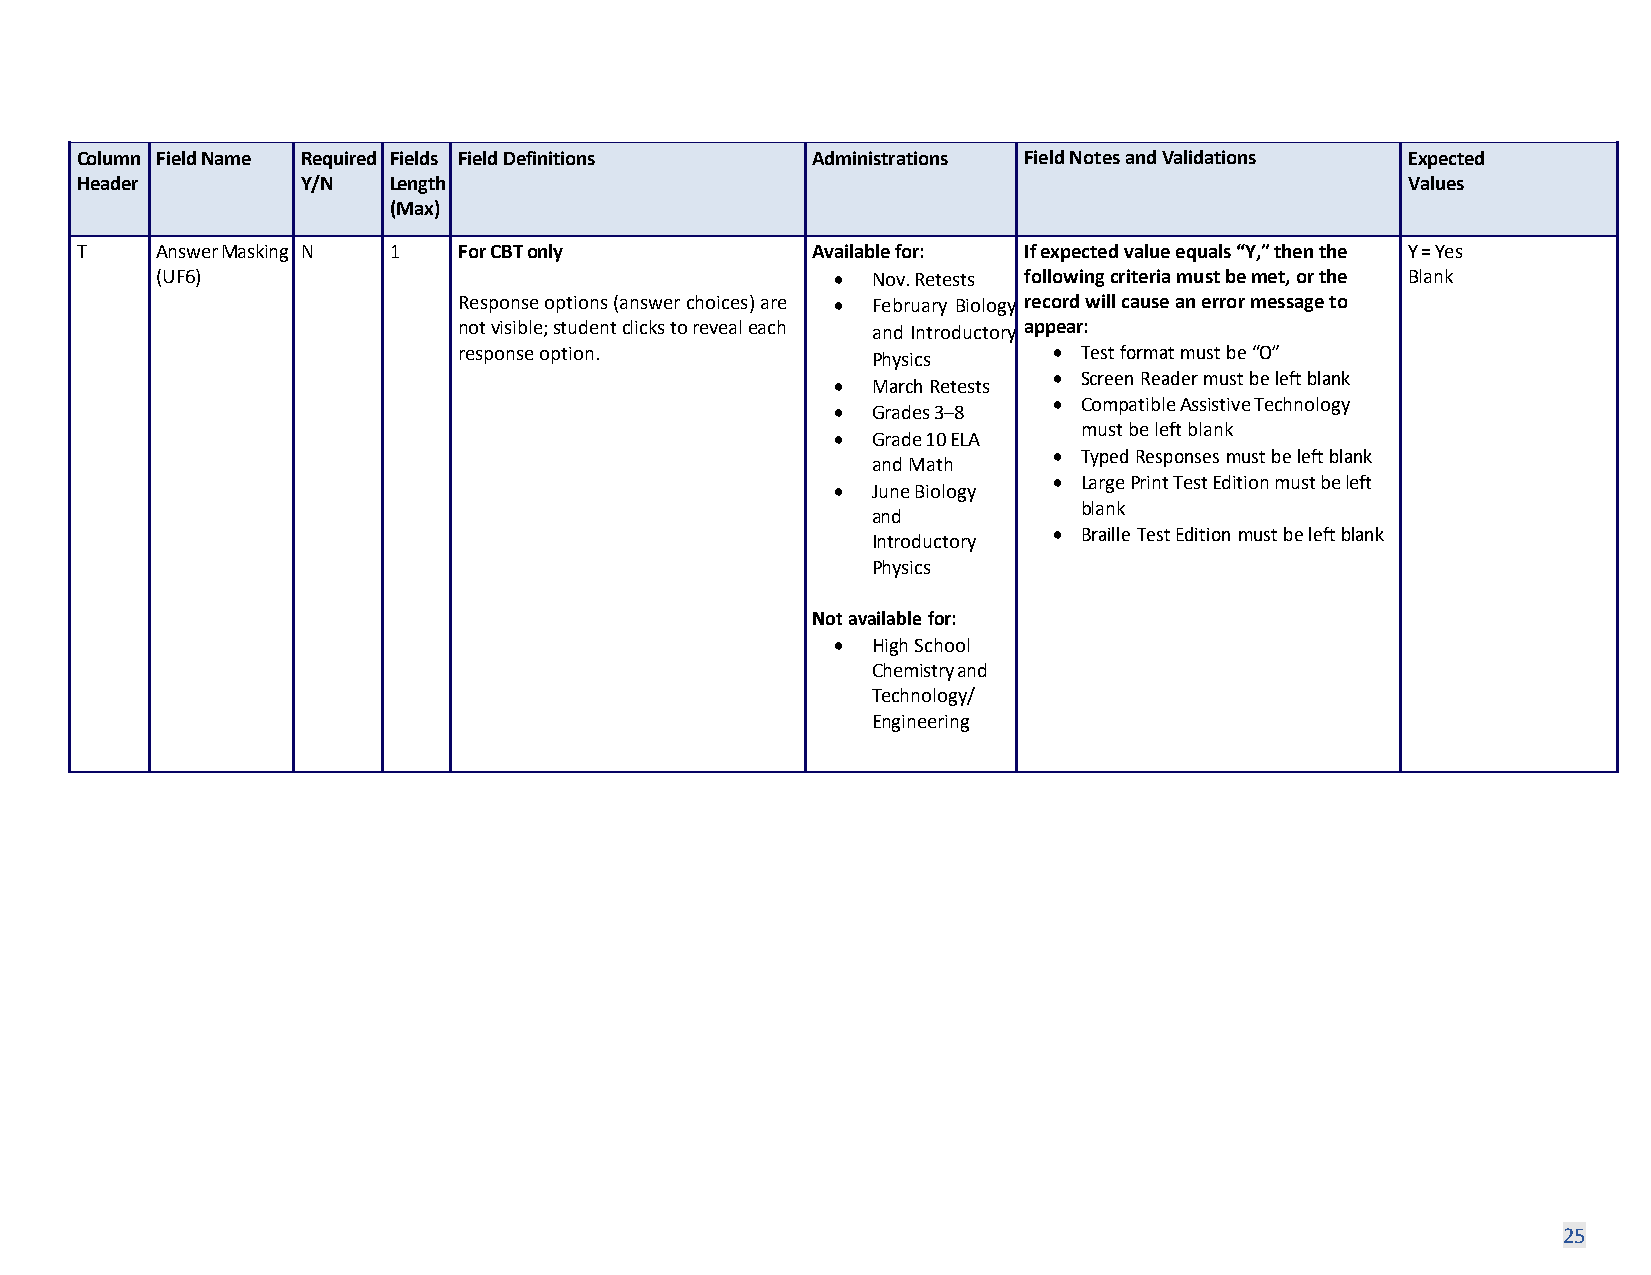
Column Field Name Required Fields Field Definitions Administrations Field Notes and Validations Expected
 Header         Y/N   Length                                                             Values
 (Max)
 T    Answer Masking N 1  For CBT only            Available for: If expected value equals “Y,” then the Y = Yes
 (UF6)                                        •  Nov. Retests following criteria must be met, or the Blank
 Response options (answer choices) are • February Biology record will cause an error message to
 not visible; student clicks to reveal each and Introductory appear:
 response option.            Physics     • Test format must be “O”
 • Screen Reader must be left blank
 •  March Retests
 • Compatible Assistive Technology
 •  Grades 3–8
 must be left blank
 •  Grade 10 ELA
 • Typed Responses must be left blank
 and Math
 • Large Print Test Edition must be left
 •  June Biology
 blank
 and
 • Braille Test Edition must be left blank
 Introductory
 Physics
 Not available for:
 •  High School
 Chemistry and
 Technology/
 Engineering
 25